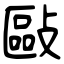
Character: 敺